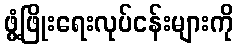
ဖွံ့ဖြိုးရေးလုပ်ငန်းများကို